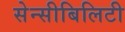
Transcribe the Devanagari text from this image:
सेन्सीबिलिटी